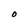
Character: O